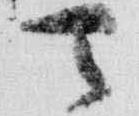
天